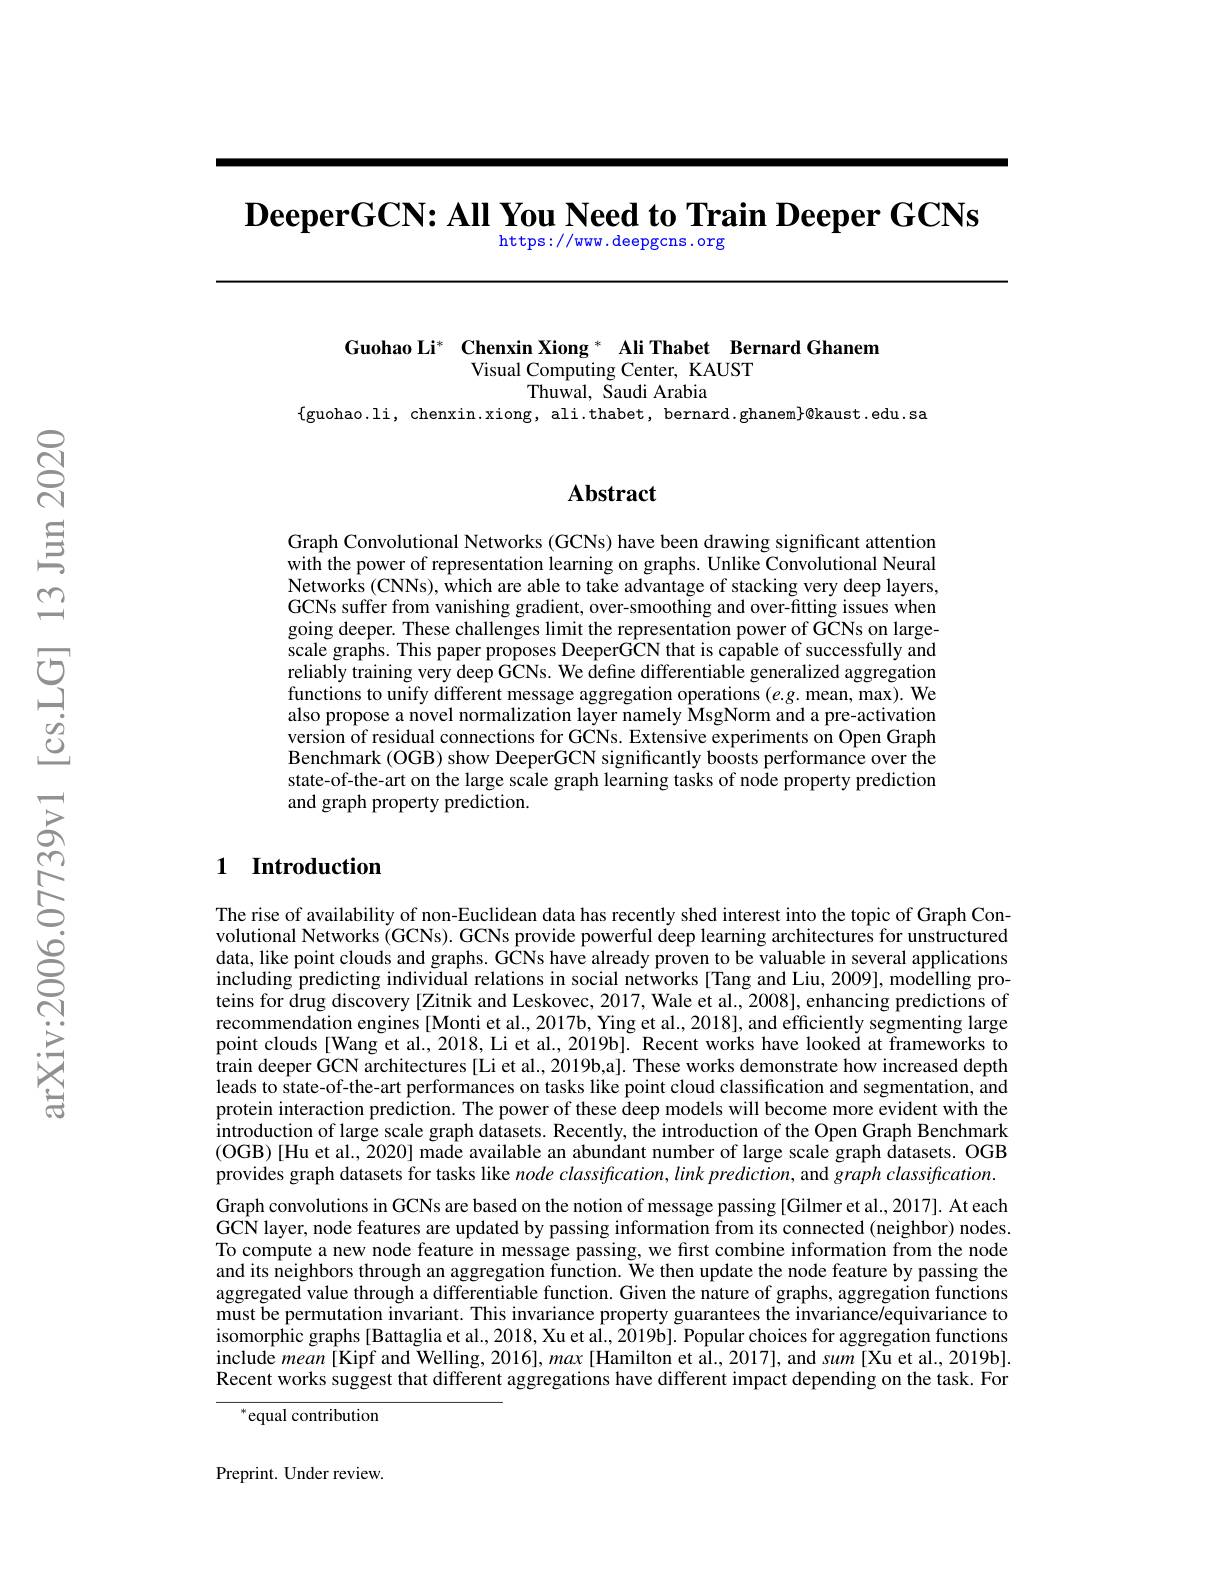
$\textbf{DeeperGCN: All You Need to Train Deeper GCNs}$
### https: / / ww. deepgcns. org

Guohao Li* Chenxin Xiong * Ali Thabet Bernard Ghanem
Visual Computing Center, KAUST
$\hat{\text{Thuwal, Saudi Arabia}}$
$\{$guohao.li, chenxin.xiong, ali.thabet, bernard.ghanem$\}\emptyset$kaust.edu.sa

## Abstract

Graph Convolutional Networks (GCNs) have been drawing significant attention with the power of representation learning on graphs. Unlike Convolutional Neural $\hat{\text{Networks (CNNs), }\hat{\text{which are able to take advantage of stacking very deep layers,}}}$ GCNs suffer from vanishing gradient, over-smoothing and over-fitting issues when going deeper. These challenges limit the representation power of GCNs on largescale graphs. This paper proposes DeeperGCN that is capable of successfully and reliably training very deep GCNs. We define differentiable generalized aggregation functions to unify different message aggregation operations $(e.g.$ mean, max). We also propose a novel normalization layer namely MsgNorm and a pre-activation version of residual connections for GCNs. Extensive experiments on Open Graph Benchmark (OGB) show DeeperGCN significantly boosts performance over the state-of-the-art on the large scale graph learning tasks of node property prediction and graph property prediction.

## 1 Introduction

The rise of availability of non-Euclidean data has recently shed interest into the topic of Graph Convolutional Networks (GCNs). GCNs provide powerful deep learning architectures for unstructured data, like point clouds and graphs. GCNs have already proven to be valuable in several applications including predicting individual relations in social networks [Tang and Liu, 2009], modelling proteins for drug discovery [Zitnik and Leskovec, 2017, Wale et al., 2008], enhancing predictions of recommendation engines [Monti et al., 2017b, Ying et al., 2018], and efficiently segmenting large point clouds[Wang et al., 2018, Li et al., 2019b]. Recent works have looked at frameworks to train deeper GCN architectures [Li et al., 2019b,a]. These works demonstrate how increased depth leads to state-of-the-art performances on tasks like point cloud classification and segmentation, and protein interaction prediction. The power of these deep models will become more evident with the introduction of large scale graph datasets. Recently, the introduction of the Open Graph Benchmark (OGB)[Hu et al., 2020] made available an abundant number of large scale graph datasets. OGB provides graph datasets for tasks like node classification, link prediction, and graph classification. Graph convolutions in GCNs are based on the notion of message passing [Gilmer et al., 2017]. At each $\hat{\text{GCN layer, node features are updated by passing information from its connected (neighbor) nodes.}}$ To compute a new node feature in message passing, we first combine information from the node and its neighbors through an aggregation function. We then update the node feature by passing the aggregated value through a differentiable function. Given the nature of graphs, aggregation functions must be permutation invariant. This invariance property guarantees the invariance/equivariance to isomorphic graphs[Battaglia et al., 2018, Xu et al., 2019b]. Popular choices for aggregation functions include mean[ Kipf and Welling, 2016], max [Hamilton et al., 2017], and sum [Xu et al., 2019b]. Recent works suggest that different aggregations have different impact depending on the task. For

$^{*}$equal contribution

Preprint. Under review.